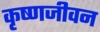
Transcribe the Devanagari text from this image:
कृष्णजीवन